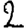
Digit: 2